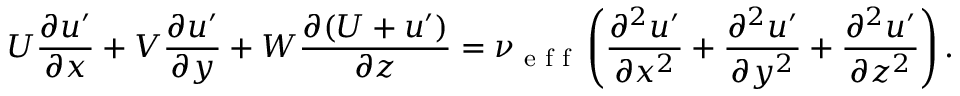
U \frac { \partial u ^ { \prime } } { \partial x } + V \frac { \partial u ^ { \prime } } { \partial y } + W \frac { \partial ( U + u ^ { \prime } ) } { \partial z } = \nu \textsubscript { e f f } \left( \frac { \partial ^ { 2 } u ^ { \prime } } { \partial x ^ { 2 } } + \frac { \partial ^ { 2 } u ^ { \prime } } { \partial y ^ { 2 } } + \frac { \partial ^ { 2 } u ^ { \prime } } { \partial z ^ { 2 } } \right) .